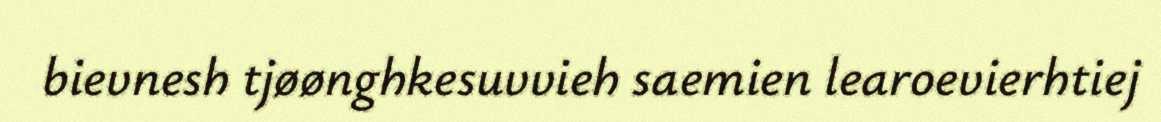
bievnesh tjøønghkesuvvieh saemien learoevierhtiej